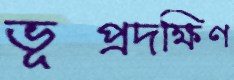
ভূপ্রদক্ষিণ